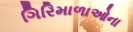
ગિરિમાળાઓના